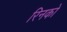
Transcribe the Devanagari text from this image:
रिनको